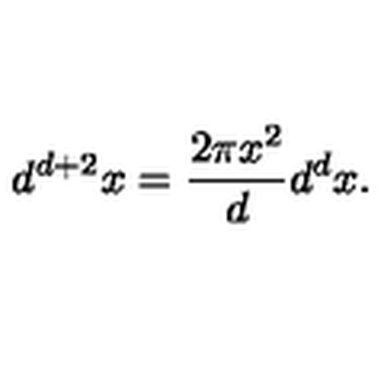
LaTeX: d ^ { d + 2 } x = \frac { 2 \pi x ^ { 2 } } { d } d ^ { d } x .